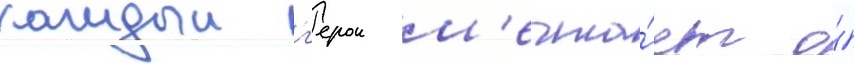
каждыи г'ерои м'ечта́ет о́